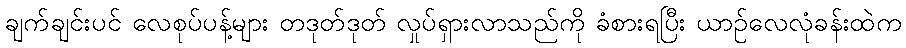
ချက်ချင်းပင် လေစုပ်ပန့်များ တဒုတ်ဒုတ် လှုပ်ရှားလာသည်ကို ခံစားရပြီး ယာဉ်လေလုံခန်းထဲက